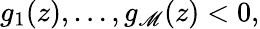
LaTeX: g_{1}(z),\ldots,g_{\mathscr{M}}(z)<0,